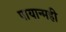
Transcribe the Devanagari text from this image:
पायान्मही